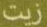
زيت